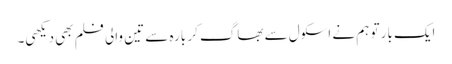
ایک بار تو ہم نے اسکول سے بھاگ کر بارہ سے تین والی فلم بھی دیکھی۔